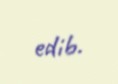
edib.